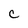
Character: C